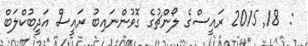
:  18